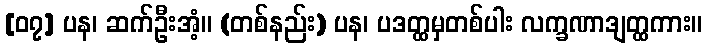
[၀၇] ပန၊ ဆက်ဦးအံ့။ (တစ်နည်း) ပန၊ ပဒတ္ထမှတစ်ပါး လက္ခဏာဒျတ္ထကား။